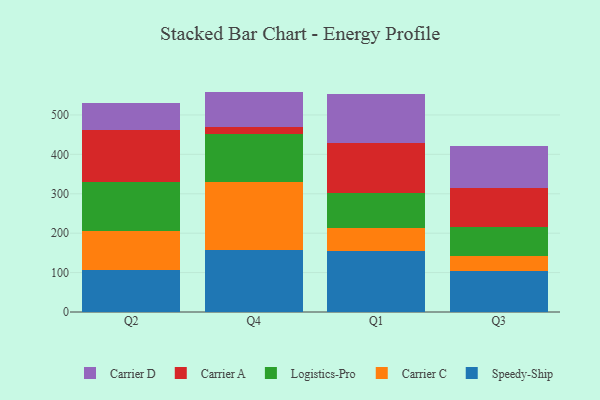
{"axis": {"x": "Quarter", "y": "Humidity (%)"}, "legend": ["Carrier A", "Carrier C", "Carrier D", "Logistics-Pro", "Speedy-Ship"], "data": [{"x": "Q2", "y": 106.6, "type": "Speedy-Ship"}, {"x": "Q2", "y": 99.8, "type": "Carrier C"}, {"x": "Q2", "y": 124.5, "type": "Logistics-Pro"}, {"x": "Q2", "y": 131.5, "type": "Carrier A"}, {"x": "Q2", "y": 68.5, "type": "Carrier D"}, {"x": "Q4", "y": 158.6, "type": "Speedy-Ship"}, {"x": "Q4", "y": 171.6, "type": "Carrier C"}, {"x": "Q4", "y": 121.8, "type": "Logistics-Pro"}, {"x": "Q4", "y": 18.4, "type": "Carrier A"}, {"x": "Q4", "y": 88.9, "type": "Carrier D"}, {"x": "Q1", "y": 155.9, "type": "Speedy-Ship"}, {"x": "Q1", "y": 56.7, "type": "Carrier C"}, {"x": "Q1", "y": 88.7, "type": "Logistics-Pro"}, {"x": "Q1", "y": 127.0, "type": "Carrier A"}, {"x": "Q1", "y": 125.7, "type": "Carrier D"}, {"x": "Q3", "y": 104.8, "type": "Speedy-Ship"}, {"x": "Q3", "y": 36.2, "type": "Carrier C"}, {"x": "Q3", "y": 73.9, "type": "Logistics-Pro"}, {"x": "Q3", "y": 99.5, "type": "Carrier A"}, {"x": "Q3", "y": 106.2, "type": "Carrier D"}]}